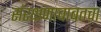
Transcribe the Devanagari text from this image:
संरक्षणाबाबतचा